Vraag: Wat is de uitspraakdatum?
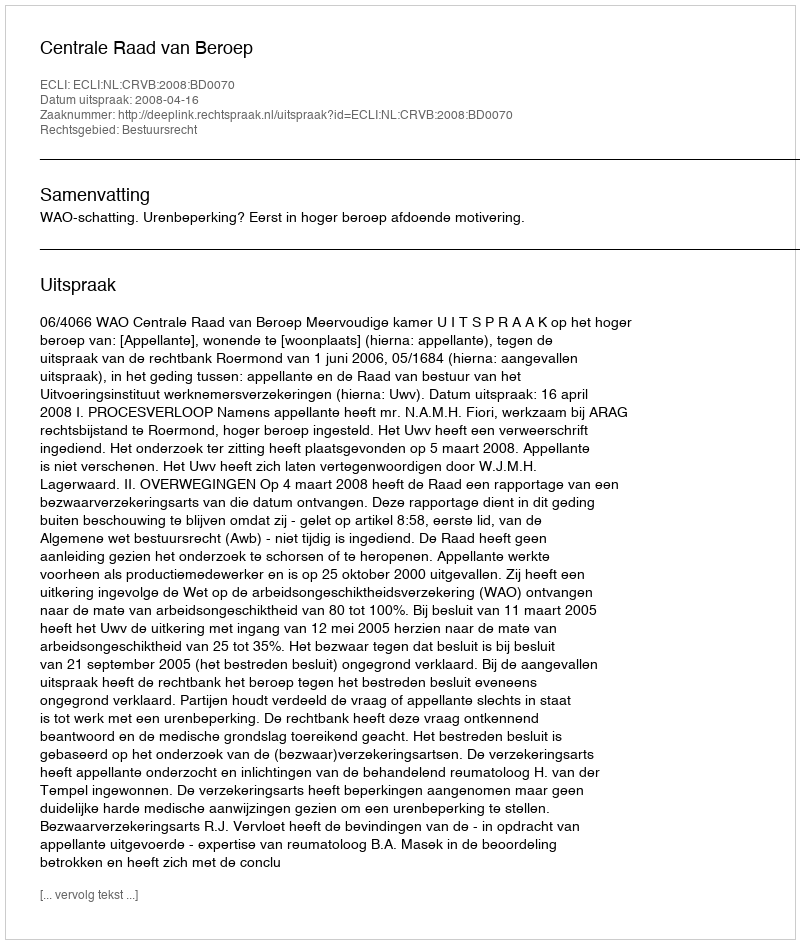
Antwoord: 2008-04-16